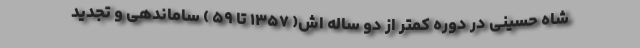
شاه حسینی در دوره کمتر از دو ساله اش( ۱۳۵۷ تا ۵۹ ) ساماندهی و تجدید